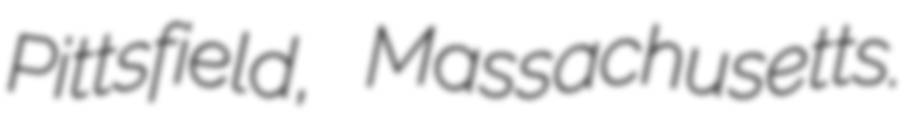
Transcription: Pittsfield, Massachusetts.